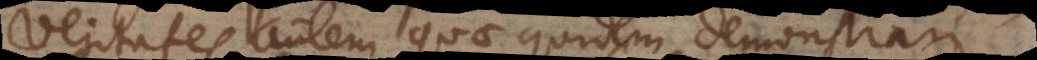
Veritates autem quae quidem demonstrari